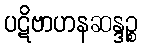
ပဋိဗာဟနဆန္ဒဉ္စ